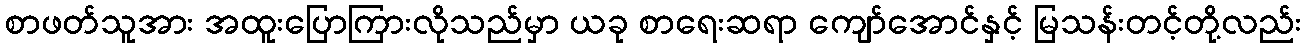
စာဖတ်သူအား အထူးပြောကြားလိုသည်မှာ ယခု စာရေးဆရာ ကျော်အောင်နှင့် မြသန်းတင့်တို့လည်း